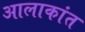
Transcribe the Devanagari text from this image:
आलाकांत